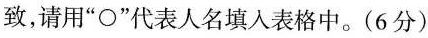
致，请用”○”代表人名填入表格中。(6分)